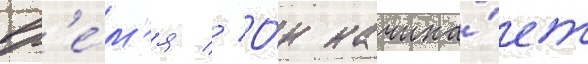
вр'е́м'я // О́н начина́ет